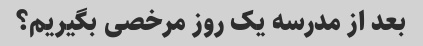
بعد از مدرسه یک روز مرخصی بگیریم؟